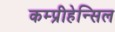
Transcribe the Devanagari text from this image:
कम्प्रीहेन्सिल